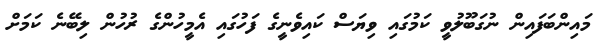
މައިންބަފައިން ނުގަބޫލުވީ ކަމުގައި ވިޔަސް ކައިވެނީގެ ފަހުގައި އެމީހުންގެ ރުހުން ލިބޭނެ ކަމަށް